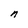
Character: n